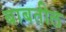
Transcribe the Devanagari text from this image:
बाबतील